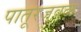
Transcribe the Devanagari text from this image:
पातूरजवळ